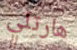
هارتلي